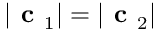
| \textbf { c } _ { 1 } | = | \textbf { c } _ { 2 } |